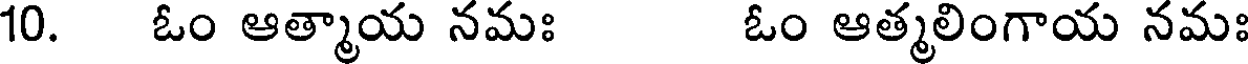
10. ఓం ఆత్మాయ నమః ఓం ఆత్మలింగాయ నమః